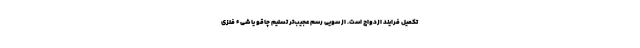
تکمیل فرایند ازدواج است. از سویی رسم عجیب‌تر تسلیم چاقو یا شیء فلزی